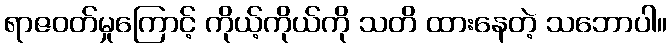
ရာဇဝတ်မှုကြောင့် ကိုယ့်ကိုယ်ကို သတိ ထားနေတဲ့ သဘောပါ။